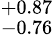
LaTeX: ^{+0.87}_{-0.76}